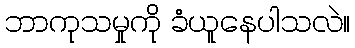
ဘာကုသမှုကို ခံယူနေပါသလဲ။